Jaan_Tonisson_(Lasteleht), lk 82
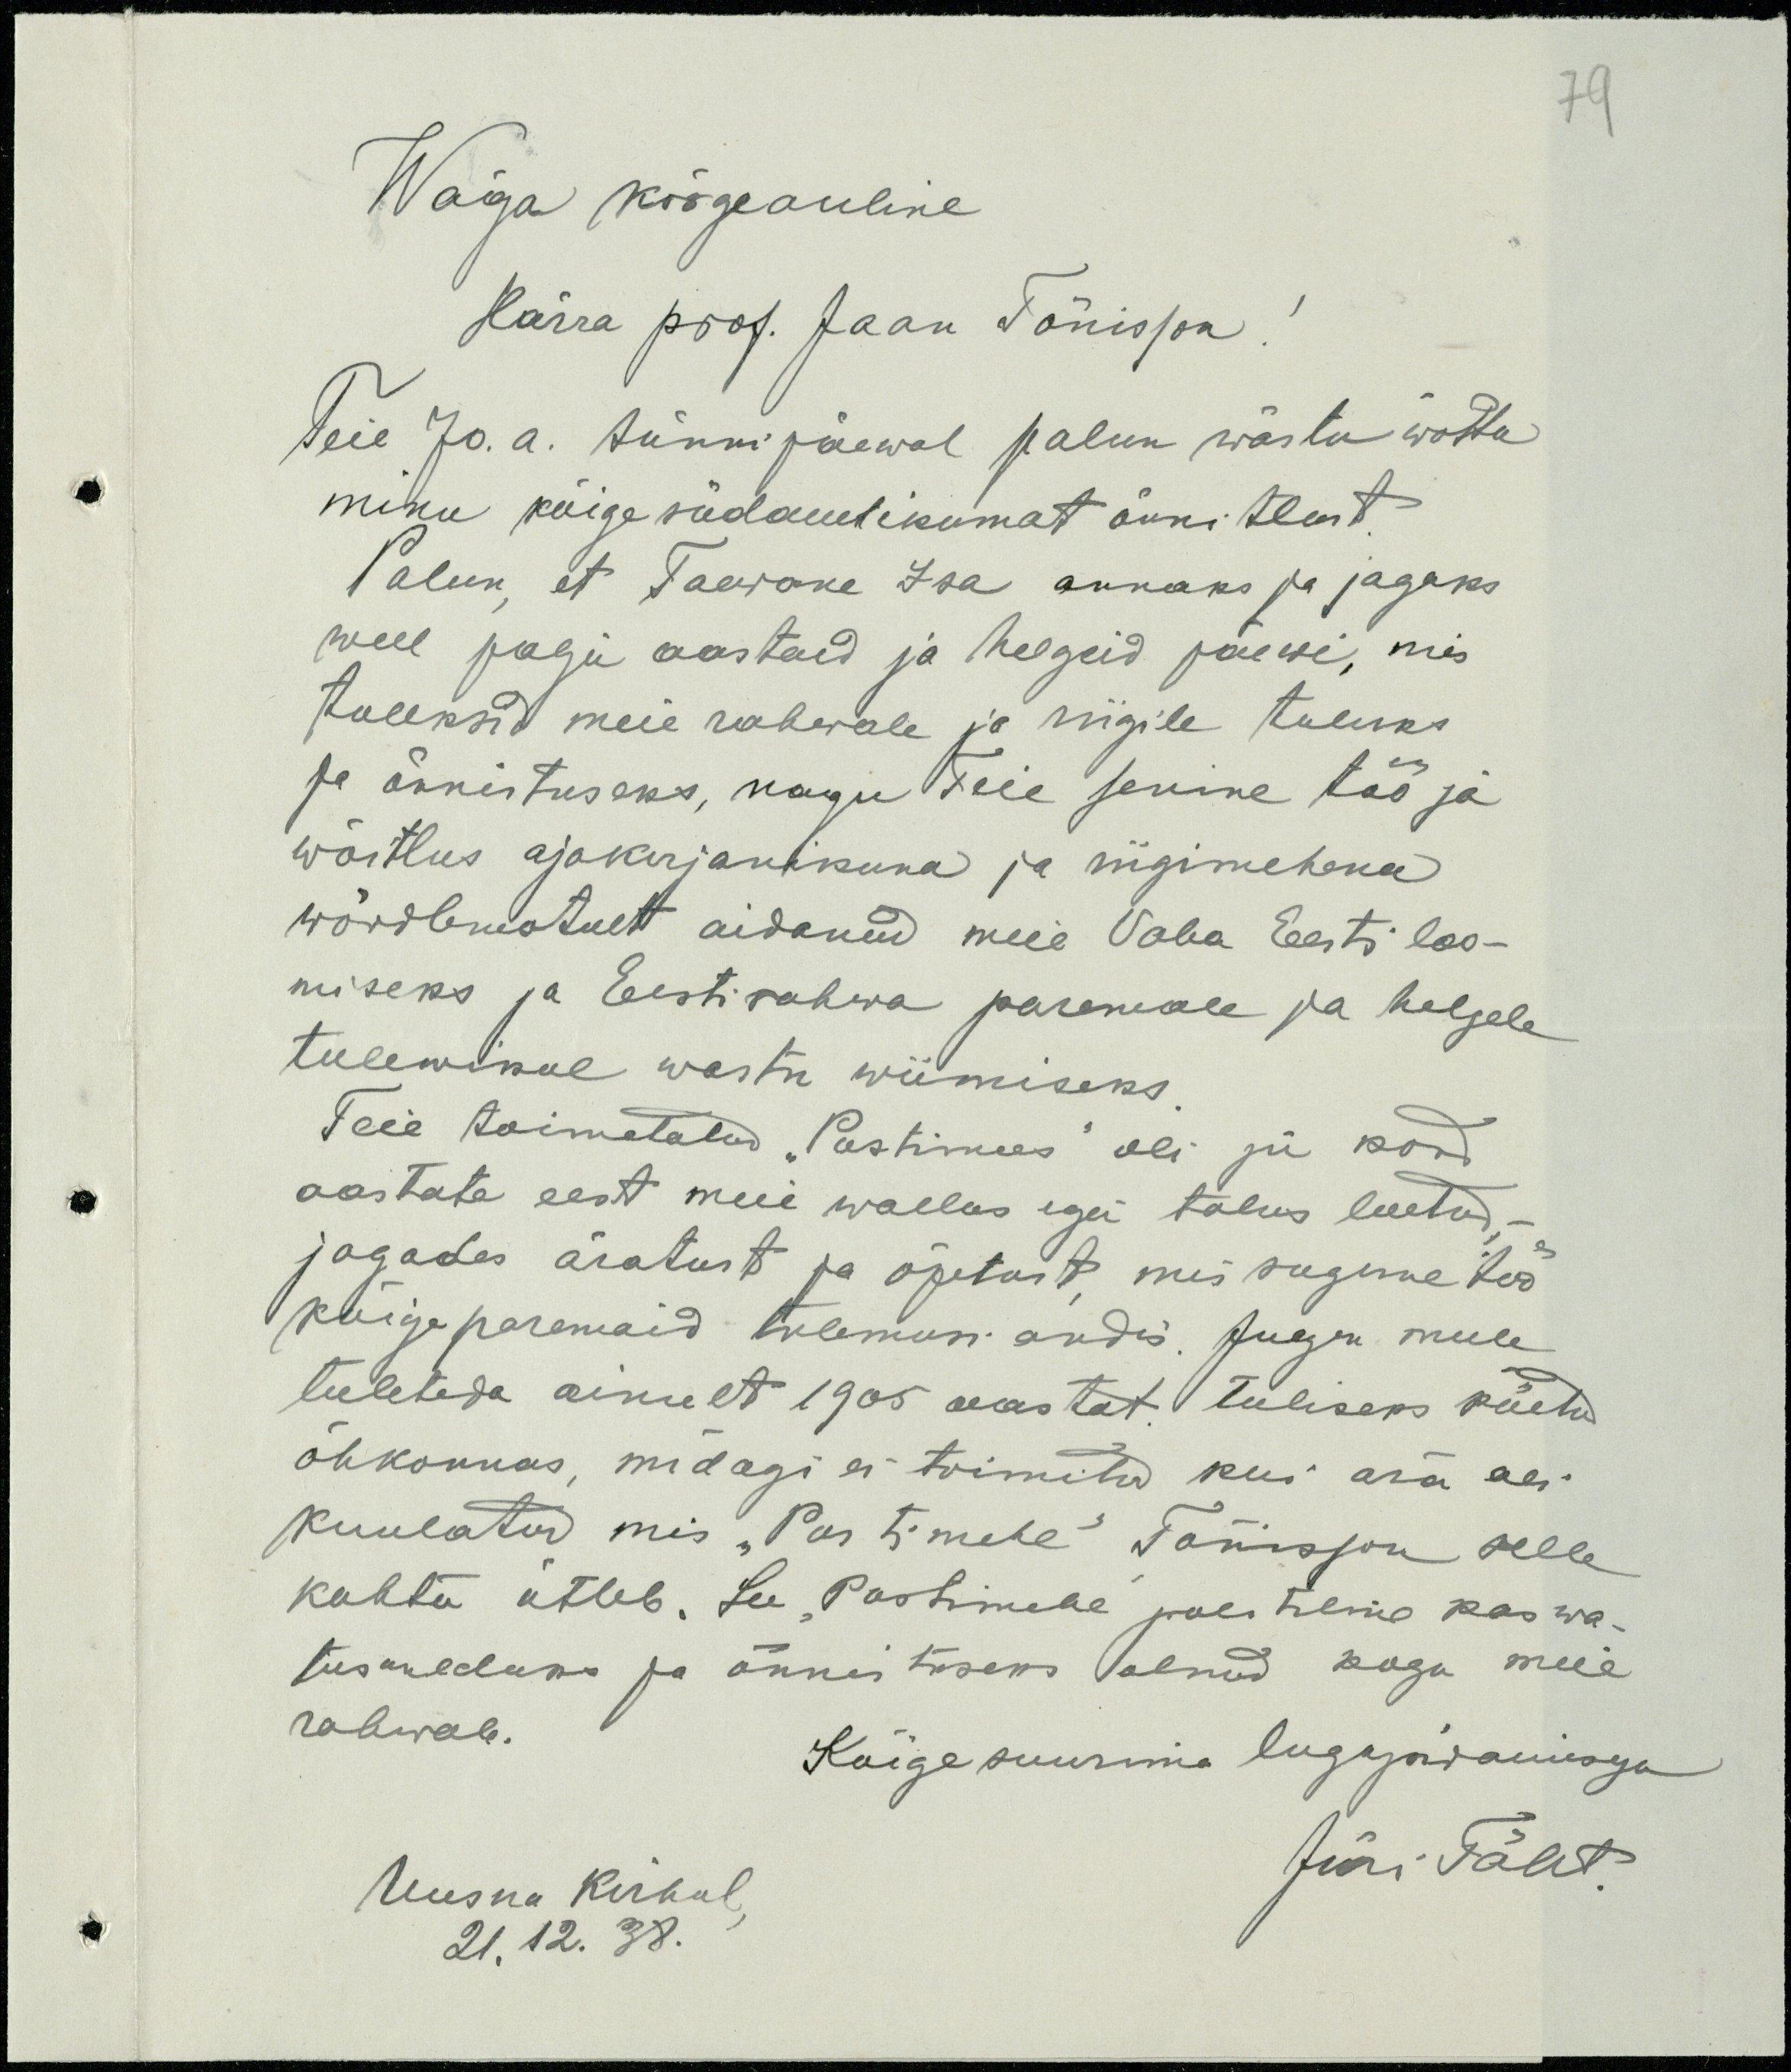
79

Wäga kõrgeauline
Härra prof. Jaan Tõnisson!
Teie 70. a. sünnipäewal palun wastu wõtta
minu kõige südamlikumat õnnitlust.
Palun, et Taevane Isa annaks ja jagaks
weel palju aastaid ja helgeid päewi, mis
tuleksid meie rahwale ja riigile tuluks
ja õnnistuseks, nagu Teie senine töö ja
wõitlus ajakirjanikuna ja riigimehena
wõrdlematult aidanud meie Vaba Eesti loo-
miseks ja Eesti rahwa paremale ja helgele
tulewikul wastu wiimiseks
Teie toimetatud "Postimees" oli ju kord
aastate eest meie wallas iga talus loetud,
jagades äratust ja õpetust mis sugune töö
kõige paremaid tulemusi andis. Julgen meele
tuleteda ainult 1905 aastat. tuliseks köetud
õhkonnas, midagi ei toimitud kui ära oli
kuulatud mis "Postimehe" Tõnisson selle
kohta ütleb. See "Postimehe" politiline kaswa-
tusaulduks ja õnnistuseks olnud kogu meie
rahwale.
Kõige suurima lugajaidamisega
Uusna Kirbul,
Jüri Täht
21.12.38.